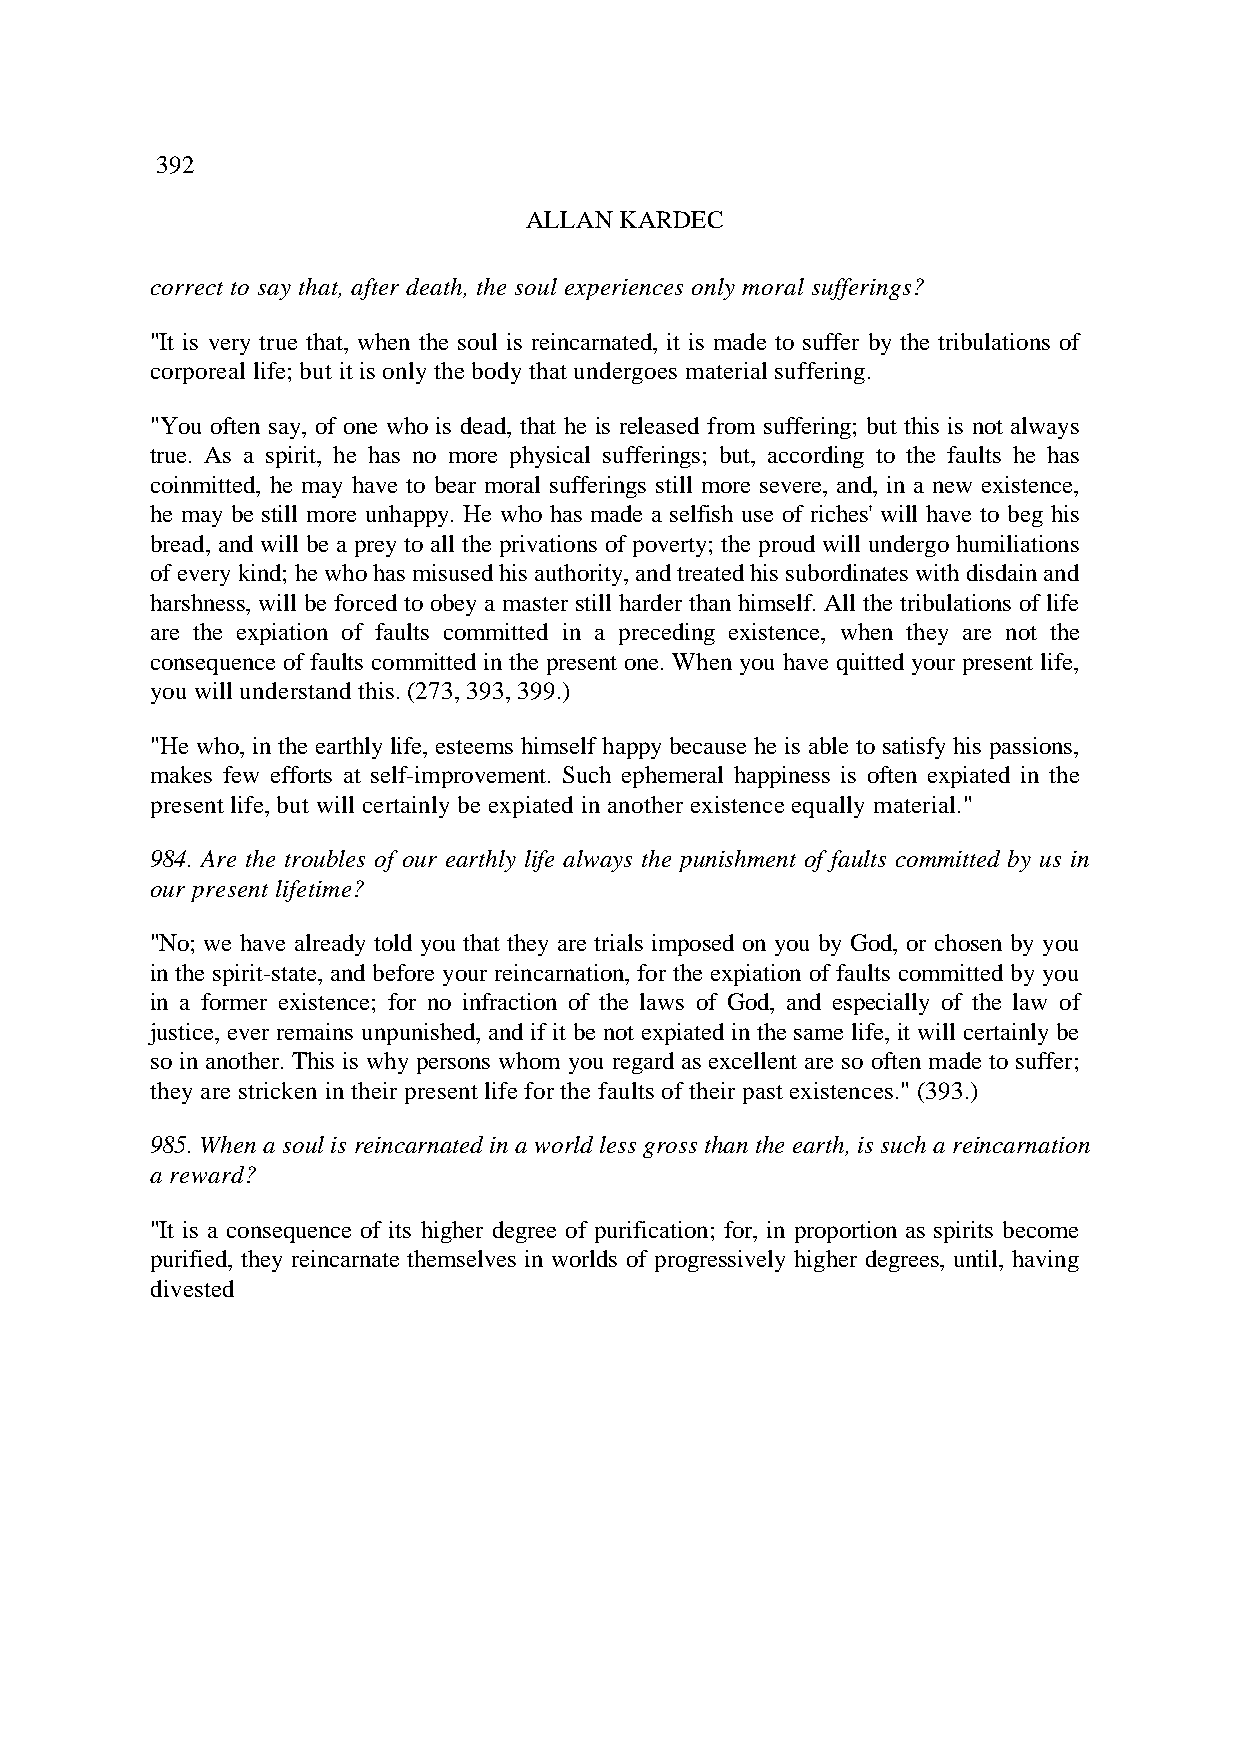
392
 ALLAN KARDEC
 correct to say that, after death, the soul experiences only moral sufferings?
 "It is very true that, when the soul is reincarnated, it is made to suffer by the tribulations of
 corporeal life; but it is only the body that undergoes material suffering.
 "You often say, of one who is dead, that he is released from suffering; but this is not always
 true. As a spirit, he has no more physical sufferings; but, according to the faults he has
 coinmitted, he may have to bear moral sufferings still more severe, and, in a new existence,
 he may be still more unhappy. He who has made a selfish use of riches' will have to beg his
 bread, and will be a prey to all the privations of poverty; the proud will undergo humiliations
 of every kind; he who has misused his authority, and treated his subordinates with disdain and
 harshness, will be forced to obey a master still harder than himself. All the tribulations of life
 are the expiation of faults committed in a preceding existence, when they are not the
 consequence of faults committed in the present one. When you have quitted your present life,
 you will understand this. (273, 393, 399.)
 "He who, in the earthly life, esteems himself happy because he is able to satisfy his passions,
 makes few efforts at self-improvement. Such ephemeral happiness is often expiated in the
 present life, but will certainly be expiated in another existence equally material."
 984. Are the troubles of our earthly life always the punishment of faults committed by us in
 our present lifetime?
 "No; we have already told you that they are trials imposed on you by God, or chosen by you
 in the spirit-state, and before your reincarnation, for the expiation of faults committed by you
 in a former existence; for no infraction of the laws of God, and especially of the law of
 justice, ever remains unpunished, and if it be not expiated in the same life, it will certainly be
 so in another. This is why persons whom you regard as excellent are so often made to suffer;
 they are stricken in their present life for the faults of their past existences." (393.)
 985. When a soul is reincarnated in a world less gross than the earth, is such a reincarnation
 a reward?
 "It is a consequence of its higher degree of purification; for, in proportion as spirits become
 purified, they reincarnate themselves in worlds of progressively higher degrees, until, having
 divested